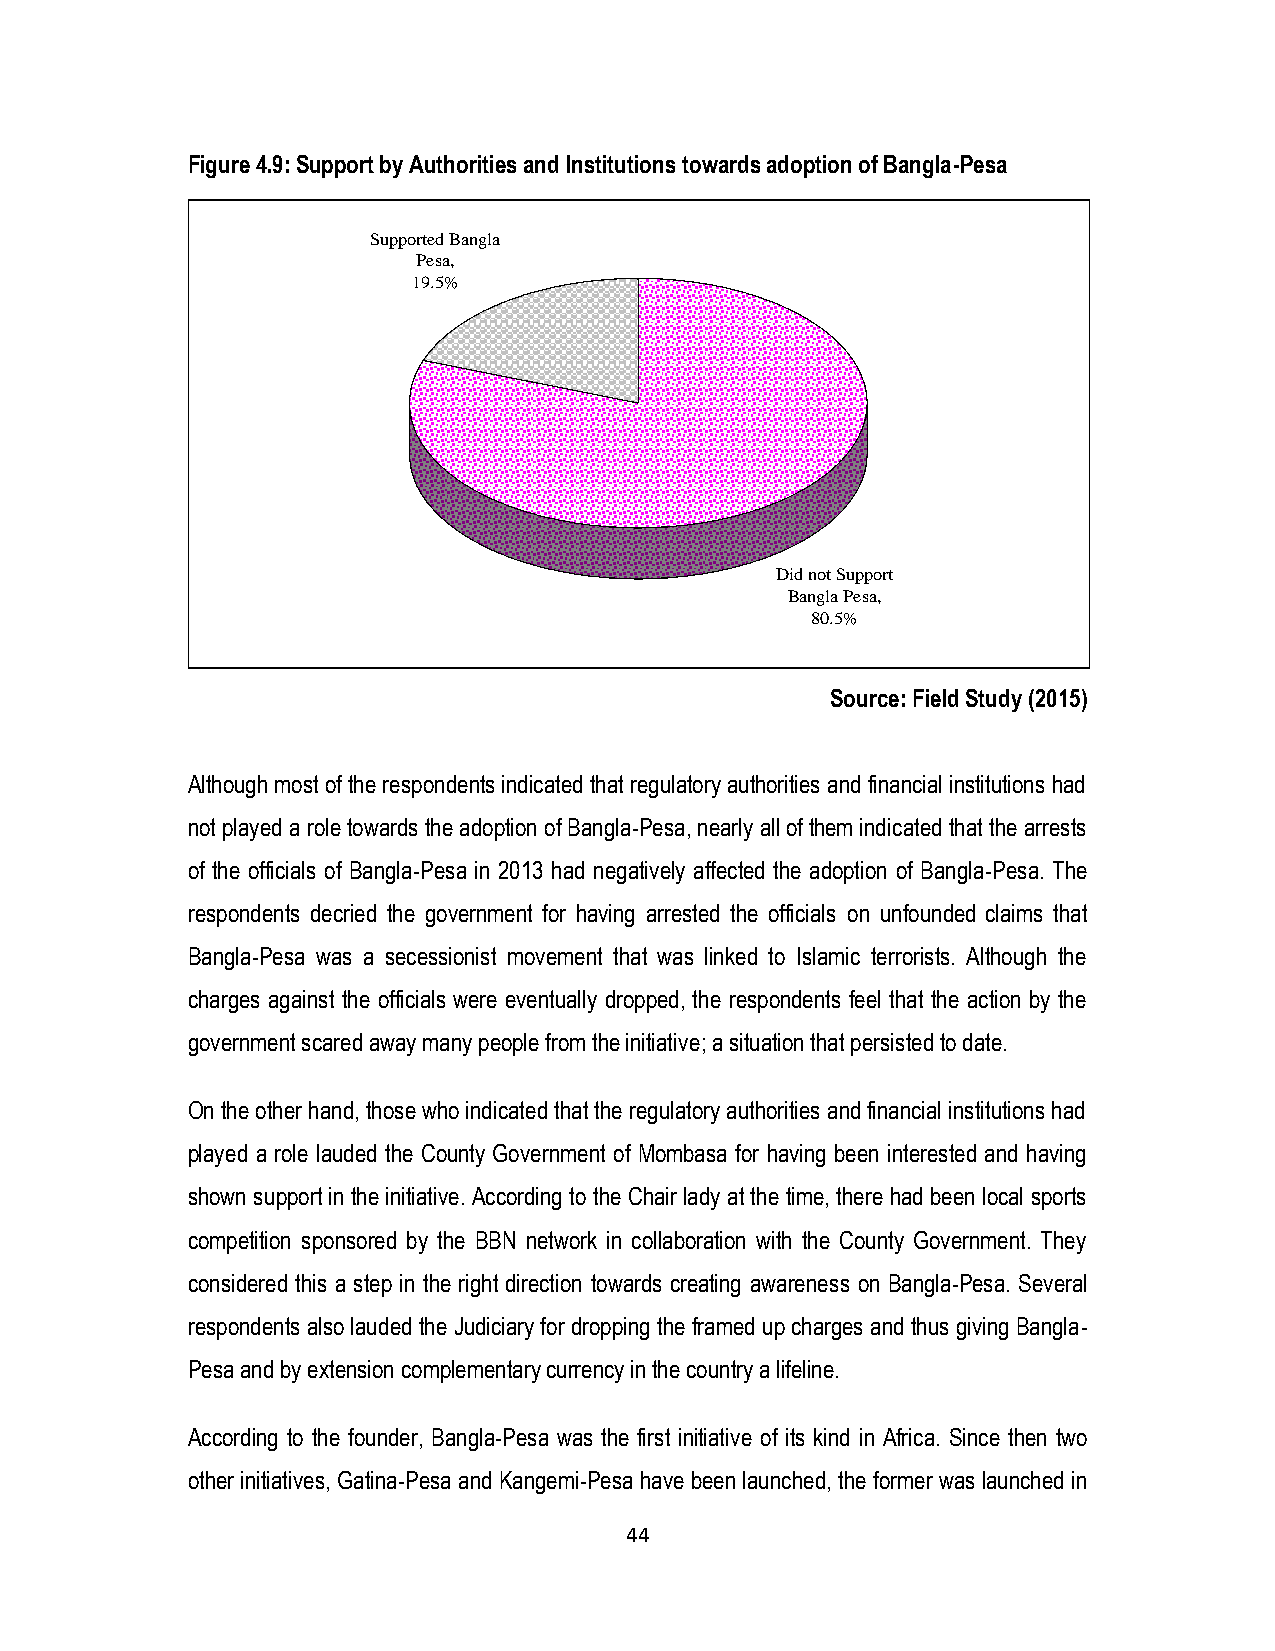
Figure 4.9: Support by Authorities and Institutions towards adoption of Bangla-Pesa
 Supported Bangla
 Pesa,
 19.5%
 Did not Support
 Bangla Pesa,
 80.5%
 Source: Field Study (2015)
 Although most of the respondents indicated that regulatory authorities and financial institutions had
 not played a role towards the adoption of Bangla-Pesa, nearly all of them indicated that the arrests
 of the officials of Bangla-Pesa in 2013 had negatively affected the adoption of Bangla-Pesa. The
 respondents decried the government for having arrested the officials on unfounded claims that
 Bangla-Pesa was a secessionist movement that was linked to Islamic terrorists. Although the
 charges against the officials were eventually dropped, the respondents feel that the action by the
 government scared away many people from the initiative; a situation that persisted to date.
 On the other hand, those who indicated that the regulatory authorities and financial institutions had
 played a role lauded the County Government of Mombasa for having been interested and having
 shown support in the initiative. According to the Chair lady at the time, there had been local sports
 competition sponsored by the BBN network in collaboration with the County Government. They
 considered this a step in the right direction towards creating awareness on Bangla-Pesa. Several
 respondents also lauded the Judiciary for dropping the framed up charges and thus giving Bangla-
 Pesa and by extension complementary currency in the country a lifeline.
 According to the founder, Bangla-Pesa was the first initiative of its kind in Africa. Since then two
 other initiatives, Gatina-Pesa and Kangemi-Pesa have been launched, the former was launched in
 44